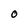
Character: O